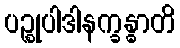
ပဉ္စုပါဒါနက္ခန္ဓာတိ